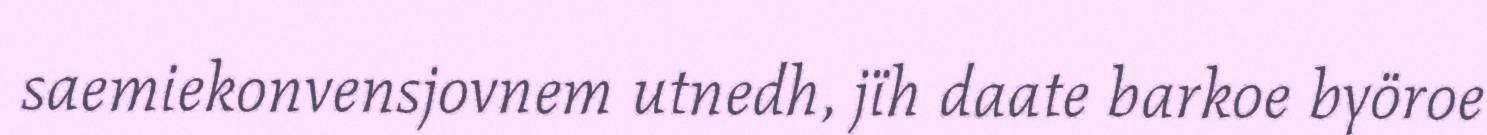
saemiekonvensjovnem utnedh, jïh daate barkoe byöroe